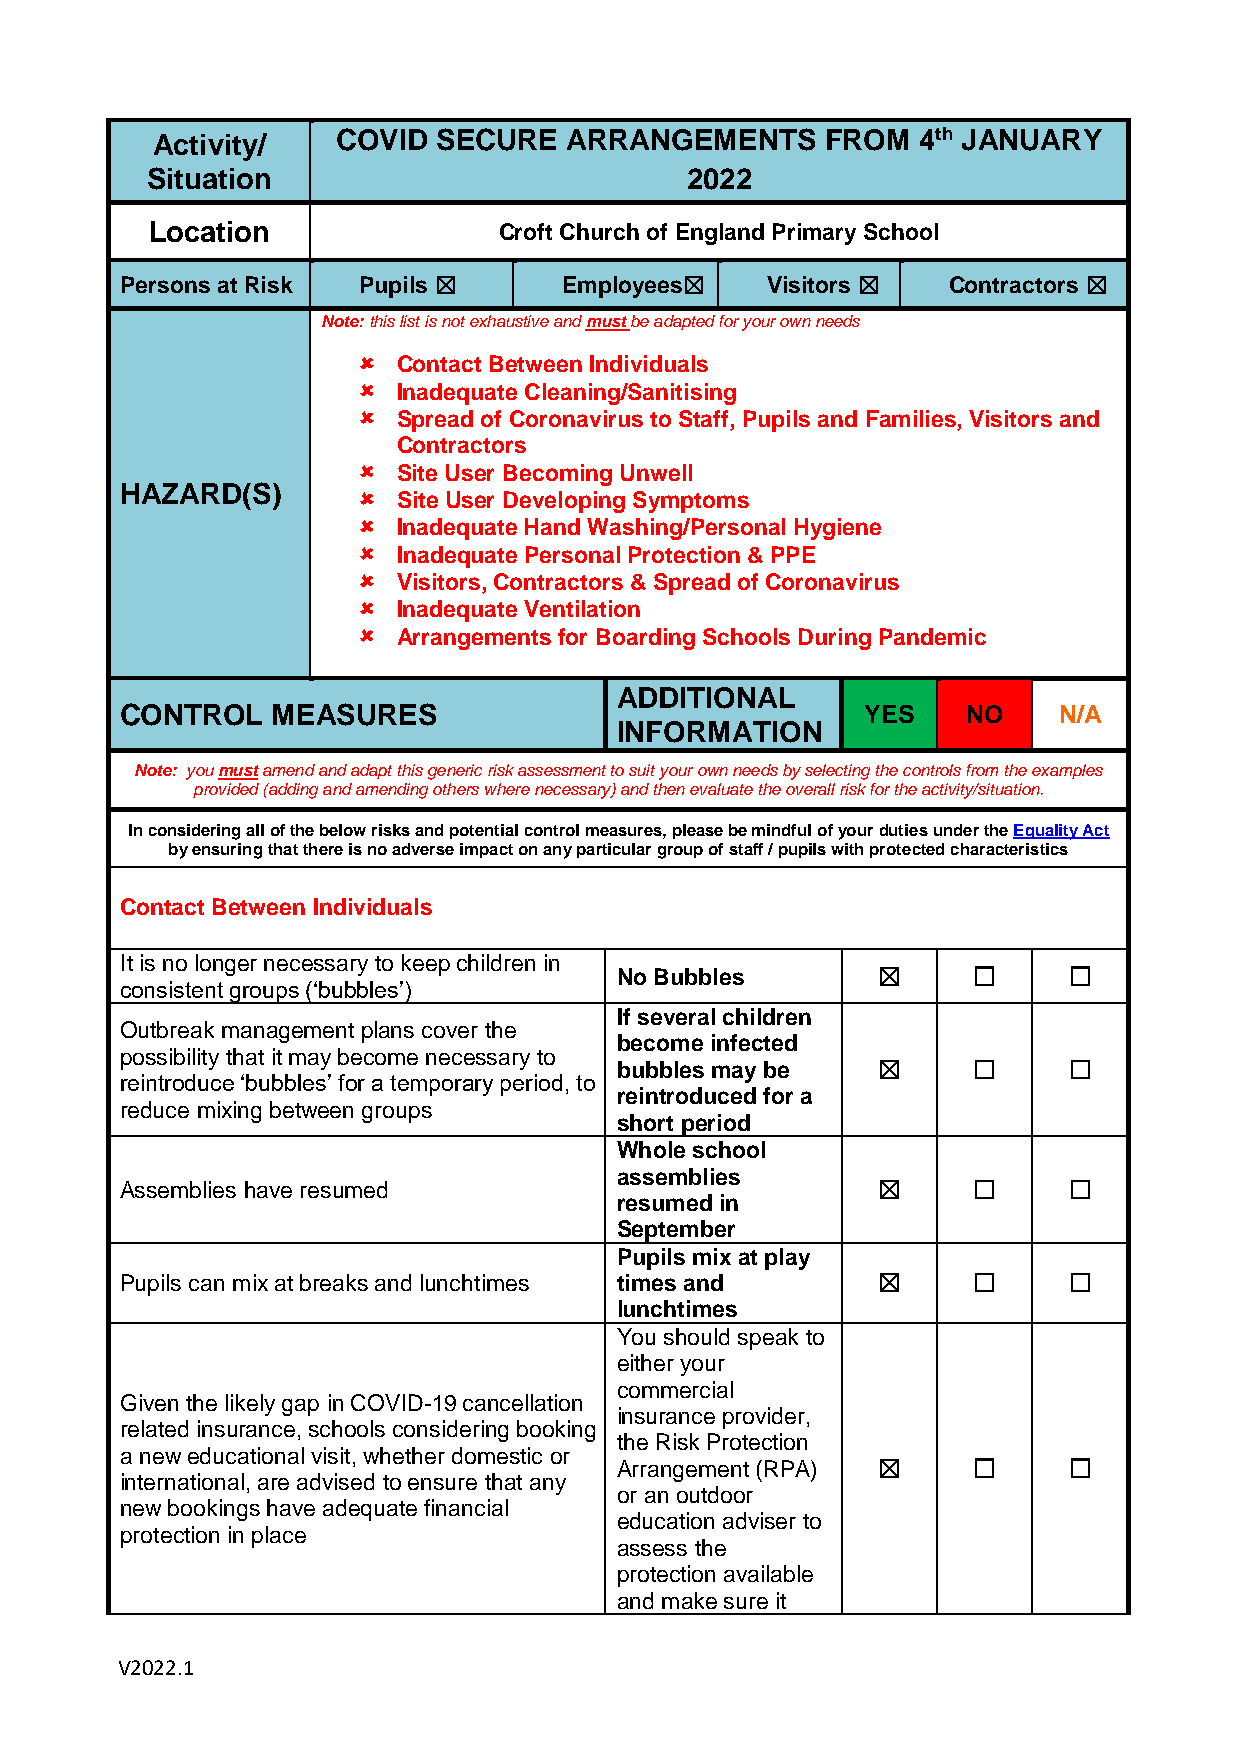
Activity/   COVID  SECURE   ARRANGEMENTS     FROM  4th JANUARY
 Situation                          2022
 Location               Croft Church of England Primary School
 Persons at Risk Pupils ☒     Employees☒    Visitors ☒  Contractors ☒
 Note: this list is not exhaustive and must be adapted for your own needs
  Contact Between Individuals
  Inadequate Cleaning/Sanitising
  Spread of Coronavirus to Staff, Pupils and Families, Visitors and
 Contractors
  Site User Becoming Unwell
 HAZARD(S)
  Site User Developing Symptoms
  Inadequate Hand Washing/Personal Hygiene
  Inadequate Personal Protection & PPE
  Visitors, Contractors & Spread of Coronavirus
  Inadequate Ventilation
  Arrangements for Boarding Schools During Pandemic
 ADDITIONAL
 CONTROL   MEASURES                               YES    NO    N/A
 INFORMATION
 Note: you must amend and adapt this generic risk assessment to suit your own needs by selecting the controls from the examples
 provided (adding and amending others where necessary) and then evaluate the overall risk for the activity/situation.
 In considering all of the below risks and potential control measures, please be mindful of your duties under the Equality Act
 by ensuring that there is no adverse impact on any particular group of staff / pupils with protected characteristics
 Contact Between Individuals
 It is no longer necessary to keep children in
 No Bubbles       ☒     ☐      ☐
 consistent groups (‘bubbles’)
 If several children
 Outbreak management plans cover the
 become infected
 possibility that it may become necessary to
 bubbles may be   ☒     ☐      ☐
 reintroduce ‘bubbles’ for a temporary period, to
 reintroduced for a
 reduce mixing between groups
 short period
 Whole school
 assemblies
 Assemblies have resumed                           ☒     ☐      ☐
 resumed in
 September
 Pupils mix at play
 Pupils can mix at breaks and lunchtimes times and ☒     ☐      ☐
 lunchtimes
 You should speak to
 either your
 commercial
 Given the likely gap in COVID-19 cancellation
 insurance provider,
 related insurance, schools considering booking
 the Risk Protection
 a new educational visit, whether domestic or
 Arrangement (RPA) ☒    ☐      ☐
 international, are advised to ensure that any
 or an outdoor
 new bookings have adequate financial
 education adviser to
 protection in place
 assess the
 protection available
 and make sure it
 V2022.1